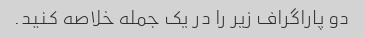
دو پاراگراف زیر را در یک جمله خلاصه کنید.